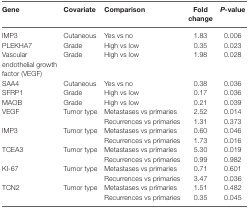
<table><thead><tr><td><b>Gene</b></td><td><b>Covariate</b></td><td><b>Comparison</b></td><td><b>Fold change</b></td><td><b><i>P</i>-value</b></td></tr></thead><tbody><tr><td>IMP3</td><td>Cutaneous</td><td>Yes vs no</td><td>1.83</td><td>0.006</td></tr><tr><td>PLEKHA7</td><td>Grade</td><td>High vs low</td><td>0.35</td><td>0.023</td></tr><tr><td>Vascular endothelial growth factor (VEGF)</td><td>Grade</td><td>High vs low</td><td>1.98</td><td>0.028</td></tr><tr><td>SAA4</td><td>Cutaneous</td><td>Yes vs no</td><td>0.38</td><td>0.036</td></tr><tr><td>SFRP1</td><td>Grade</td><td>High vs low</td><td>0.17</td><td>0.036</td></tr><tr><td>MAOB</td><td>Grade</td><td>High vs low</td><td>0.21</td><td>0.039</td></tr><tr><td>VEGF</td><td>Tumor type</td><td>Metastases vs primaries</td><td>2.52</td><td>0.014</td></tr><tr><td></td><td></td><td>Recurrences vs primaries</td><td>1.31</td><td>0.373</td></tr><tr><td>IMP3</td><td>Tumor type</td><td>Metastases vs primaries</td><td>0.60</td><td>0.046</td></tr><tr><td></td><td></td><td>Recurrences vs primaries</td><td>1.73</td><td>0.016</td></tr><tr><td>TCEA3</td><td>Tumor type</td><td>Metastases vs primaries</td><td>5.30</td><td>0.019</td></tr><tr><td></td><td></td><td>Recurrences vs primaries</td><td>0.99</td><td>0.982</td></tr><tr><td>KI-67</td><td>Tumor type</td><td>Metastases vs primaries</td><td>0.71</td><td>0.601</td></tr><tr><td></td><td></td><td>Recurrences vs primaries</td><td>3.47</td><td>0.036</td></tr><tr><td>TCN2</td><td>Tumor type</td><td>Metastases vs primaries</td><td>1.51</td><td>0.482</td></tr><tr><td></td><td></td><td>Recurrences vs primaries</td><td>0.35</td><td>0.045</td></tr></tbody></table>